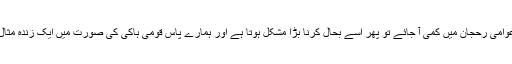
ایک مرتبہ عوامی رحجان میں کمی آ جائے تو پھر اسے بحال کرنا بڑا مشکل ہوتا ہے اور ہمارے پاس قومی ہاکی کی صورت میں ایک زندہ مثال موجود ہے۔